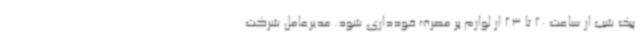
پیک شب از ساعت 20 تا 23 از لوازم پر مصرف خودداری شود. مدیرعامل شرکت